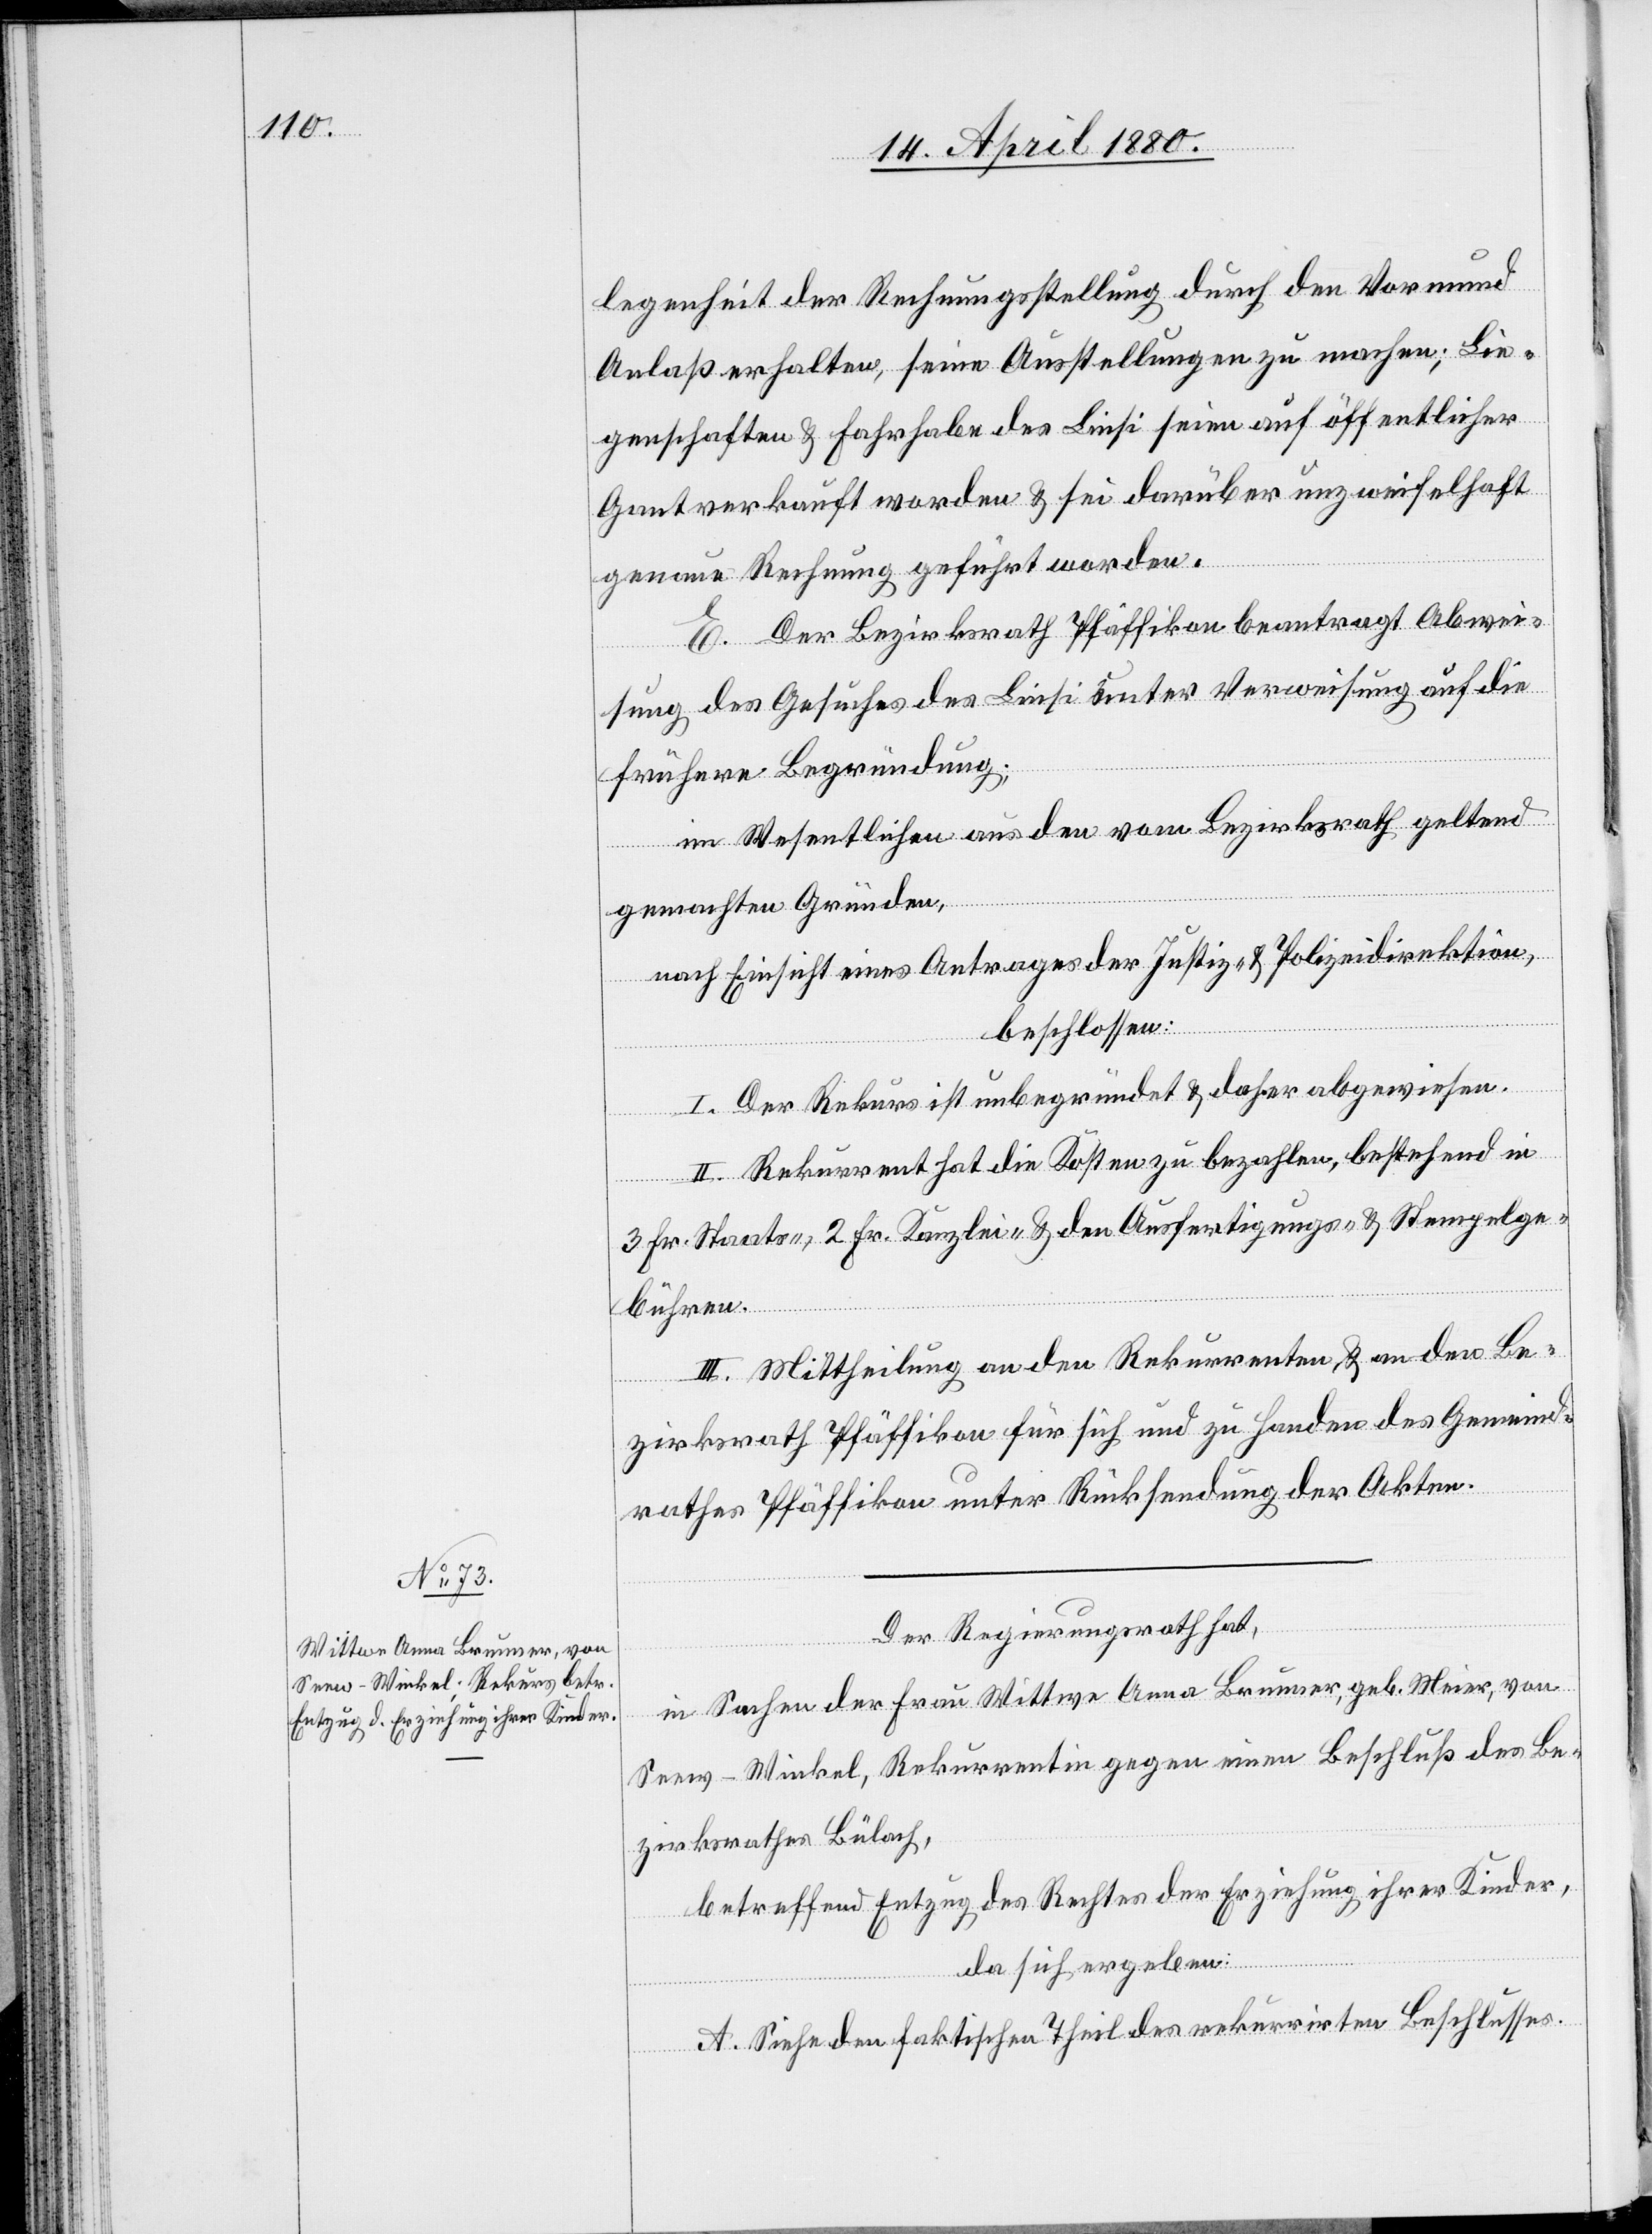
legenheit der Rechnungsstellung durch den Vormund
Anlaß erhalten, seine Ausstellungen zu machen; Lie¬
genschaften & Fahrhabe des Liesi seien auf öffentlicher
Gant verkauft worden & sei darüber unzweifelhaft
genaue Rechnung geführt worden.
E. Der Bezirksrath Pfäffikon beantragt Abwei¬
sung des Gesuches des Liesi unter Verweisung auf die
frühere Begründung;
im Wesentlichen aus den vom Bezirksrath geltend
gemachten Gründen,
nach Einsicht eines Antrages der Justiz- & Polizeidirektion,
beschlossen:
I. Der Rekurs ist unbegründet & daher abgewiesen.
II. Rekurrent hat die Kosten zu bezahlen, bestehend in
3 Fr. Staats-, 2 Fr. Kanzlei- & den Ausfertigungs- & Stempelge¬
bühren.
III. Mittheilung an den Rekurrenten & an den Be¬
zirksrath Pfäffikon für sich und zu Handen des Gemeind¬
rathes Pfäffikon unter Rücksendung der Akten.
Der Regierungsrath hat,
in Sachen der Frau Wittwe Anna Brunner, geb. Meier, von
Seen - Winkel, Rekurrentin gegen einen Beschluß des Be¬
zirksrathes Bülach,
betreffend Entzug des Rechtes der Erziehung ihrer Kinder,
da sich ergeben:
A. Siehe den faktischen Theil des rekurrirten Beschlusses.